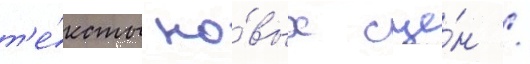
т'е́ксты но́вых сце́н /